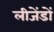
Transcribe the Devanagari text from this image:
लीजेंडों